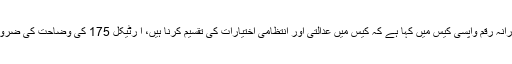
18 اپریل2019ء) سپریم کورٹ آف پاکستان نے نیب رضاکارانہ رقم واپسی کیس میں کہا ہے کہ کیس میں عدالتی اور انتظامی اختیارات کی تقسیم کرنا ہیں، آ رٹیکل 175 کی وضاحت کی ضرورت ہے ،پہلے کئے گئے فیصلوں کا الگ سے جائزہ لیں گے۔